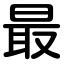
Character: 最